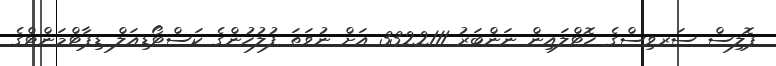
ޕޮލިސް ސަރވިސްގެ ހޮޓްލައިން ނަންބަރު 3322111 އަށް ނުވަތަ ފުލުހުންގެ ކަސްޓޯޑިއަލް ޑިޕާޓްމަންޓްގެ